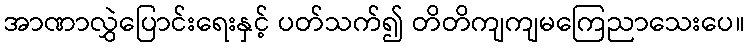
အာဏာလွှဲပြောင်းရေးနှင့် ပတ်သက်၍ တိတိကျကျမကြေညာသေးပေ။